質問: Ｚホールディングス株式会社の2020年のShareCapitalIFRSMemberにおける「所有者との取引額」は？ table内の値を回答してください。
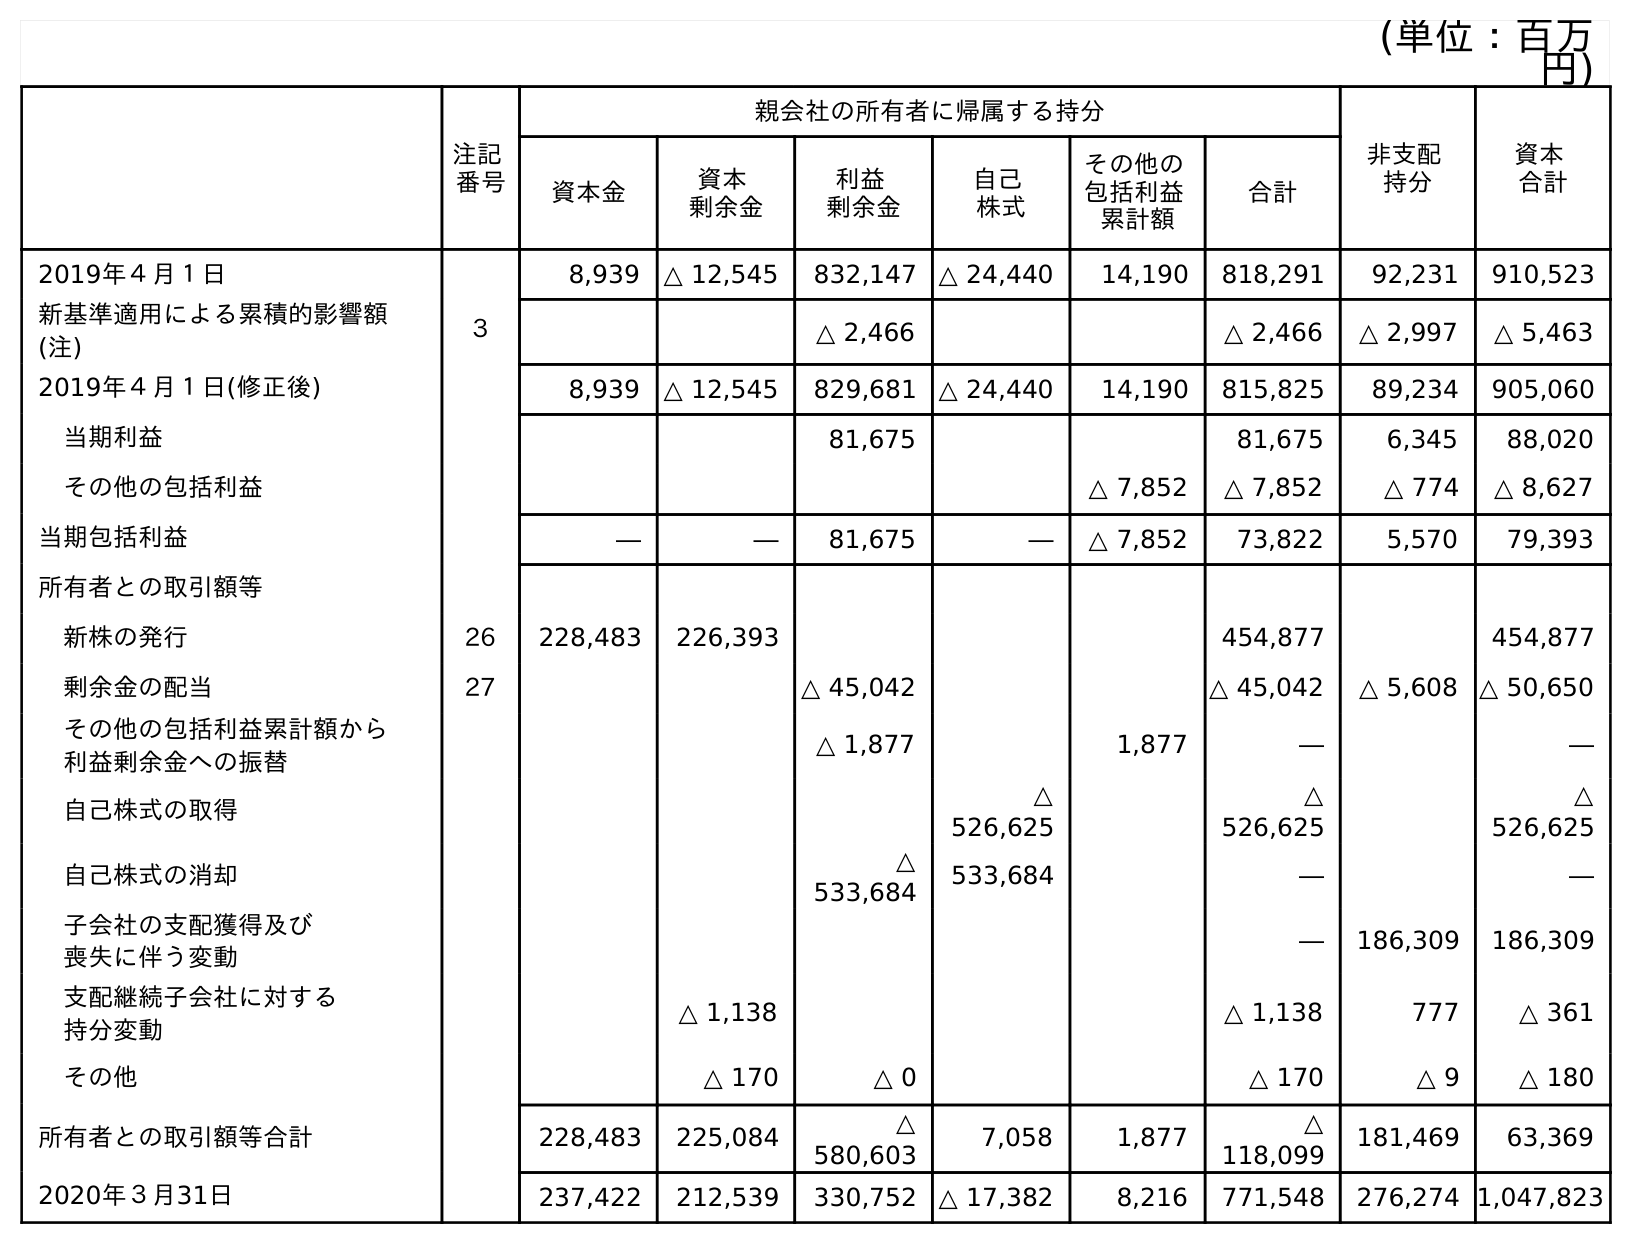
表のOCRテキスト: (単位：百万 円) 注記 番号 親会社の所有者に帰属する持分 非支配 持分 資本 合計 資本金 資本 剰余金 利益 剰余金 自己 株式 その他の 包括利益 累計額 合計 2019年４月１日 8,939 △ 12,545 832,147 △ 24,440 14,190 818,291 92,231 910,523 新基準適用による累積的影響額 (注) ３ △ 2,466 △ 2,466 △ 2,997 △ 5,463 2019年４月１日(修正後) 8,939 △ 12,545 829,681 △ 24,440 14,190 815,825 89,234 905,060 当期利益 81,675 81,675 6,345 88,020 その他の包括利益 △ 7,852 △ 7,852 △ 774 △ 8,627 当期包括利益 ― ― 81,675 ― △ 7,852 73,822 5,570 79,393 所有者との取引額等 新株の発行 26 228,483 226,393 454,877 454,877 剰余金の配当 27 △ 45,042 △ 45,042 △ 5,608 △ 50,650 その他の包括利益累計額から 利益剰余金への振替 △ 1,877 1,877 ― ― 自己株式の取得 △ 526,625 △ 526,625 △ 526,625 自己株式の消却 △ 533,684 533,684 ― ― 子会社の支配獲得及び 喪失に伴う変動 ― 186,309 186,309 支配継続子会社に対する 持分変動 △ 1,138 △ 1,138 777 △ 361 その他 △ 170 △ 0 △ 170 △ 9 △ 180 所有者との取引額等合計 228,483 225,084 △ 580,603 7,058 1,877 △ 118,099 181,469 63,369 2020年３月31日 237,422 212,539 330,752 △ 17,382 8,216 771,548 276,274 1,047,823
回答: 228,483